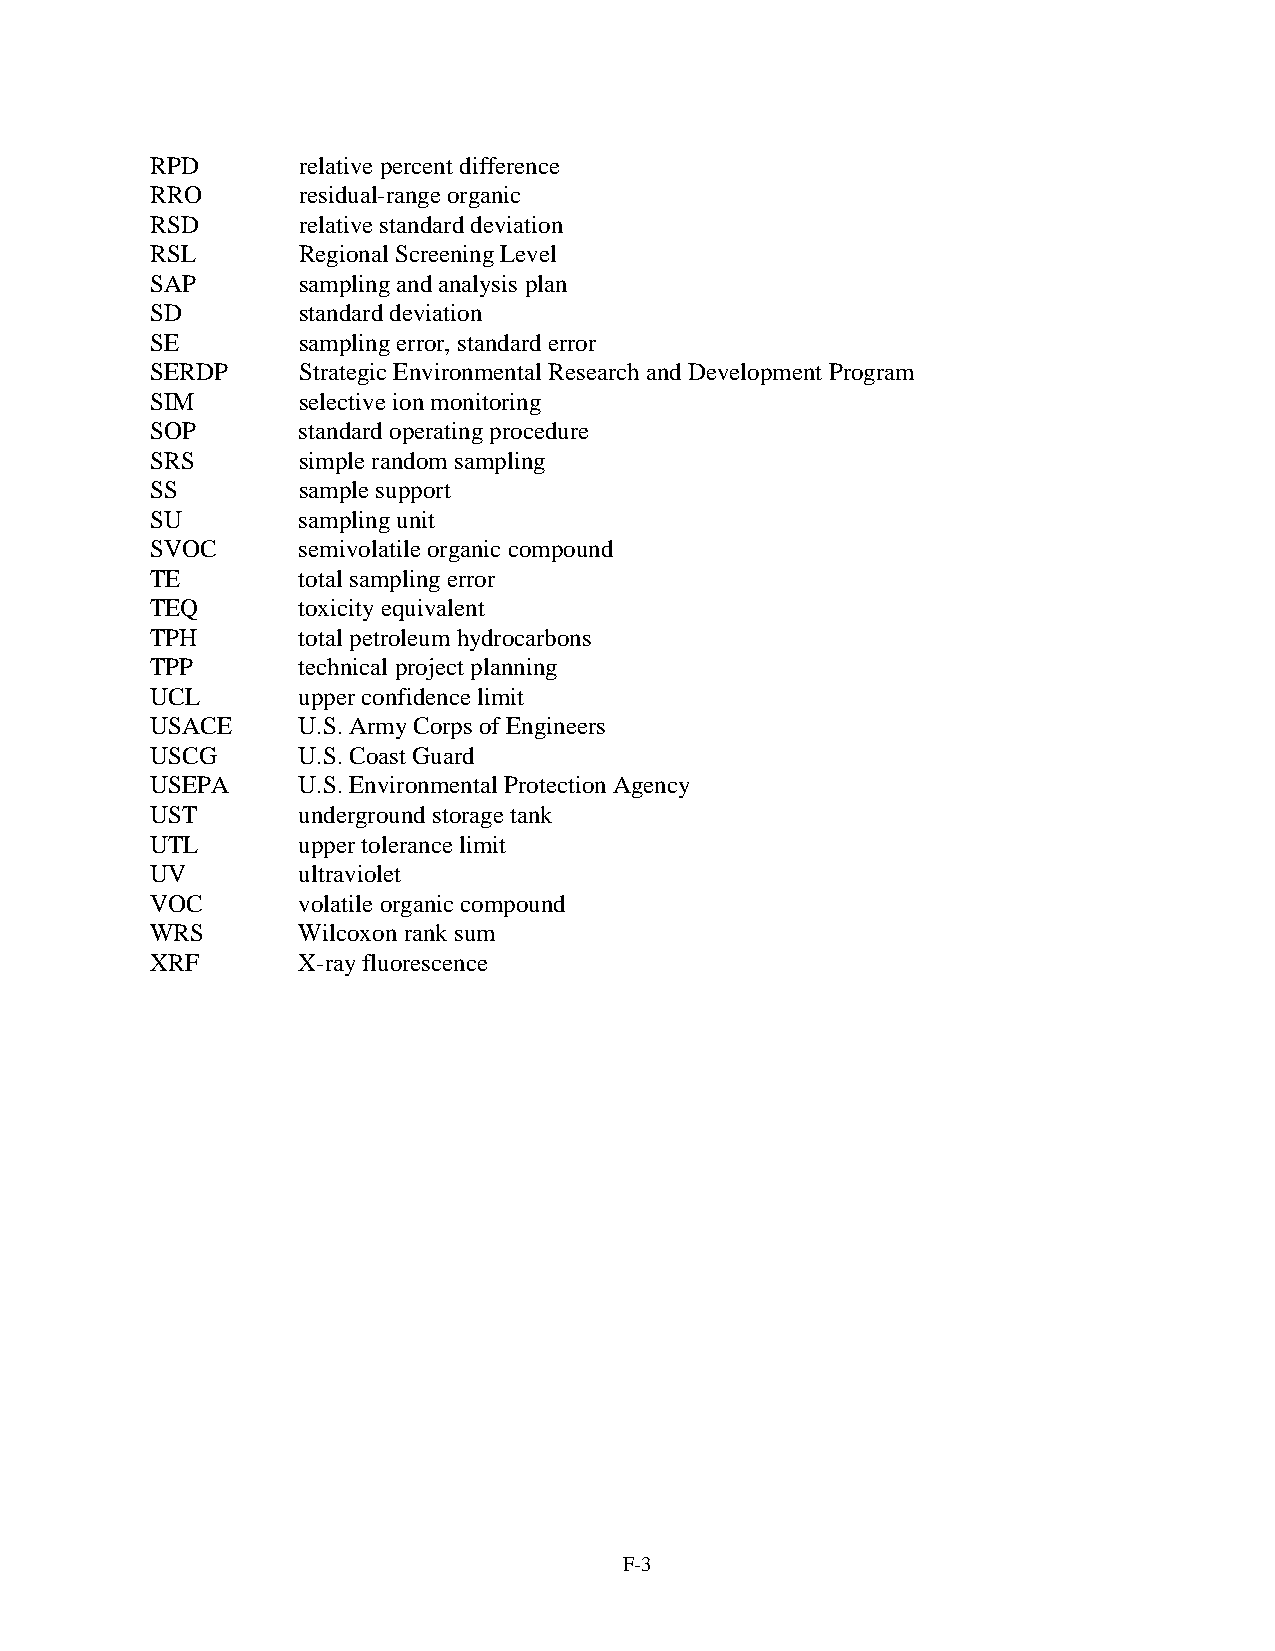
RPD       relative percent difference
 RRO       residual-range organic
 RSD       relative standard deviation
 RSL       Regional Screening Level
 SAP       sampling and analysis plan
 SD        standard deviation
 SE        sampling error, standard error
 SERDP     Strategic Environmental Research and Development Program
 SIM       selective ion monitoring
 SOP       standard operating procedure
 SRS       simple random sampling
 SS        sample support
 SU        sampling unit
 SVOC      semivolatile organic compound
 TE        total sampling error
 TEQ       toxicity equivalent
 TPH       total petroleum hydrocarbons
 TPP       technical project planning
 UCL       upper confidence limit
 USACE     U.S. Army Corps of Engineers
 USCG      U.S. Coast Guard
 USEPA     U.S. Environmental Protection Agency
 UST       underground storage tank
 UTL       upper tolerance limit
 UV        ultraviolet
 VOC       volatile organic compound
 WRS       Wilcoxon rank sum
 XRF       X-ray fluorescence
 F-3